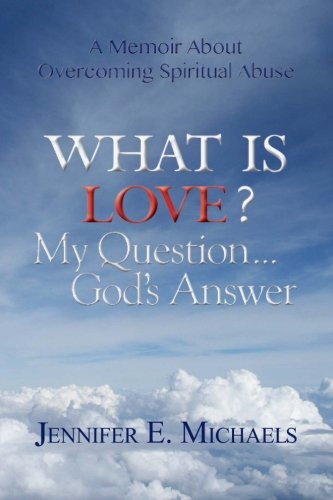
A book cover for What is Love? My Question... God's Answer: What is Love? My Question... God's Answer; Jennifer E. Michaels; Christian Books & Bibles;